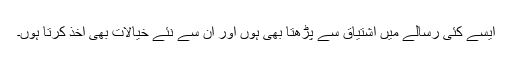
ایسے کئی رسالے میں اشتیاق سے پڑھتا بھی ہوں اور ان سے نئے خیالات بھی اخذ کرتا ہوں۔